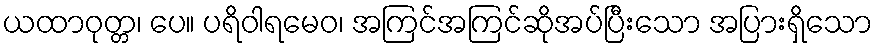
ယထာဝုတ္တ၊ ပေ။ ပရိဝါရမေဝ၊ အကြင်အကြင်ဆိုအပ်ပြီးသော အပြားရှိသော